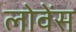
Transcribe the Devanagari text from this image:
लोवेंस